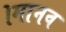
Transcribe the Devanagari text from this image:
।मानव